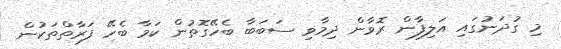
މި ގުދަނުގައި އަލިފާން ރޮވާން ދިމާވި ސަބަބާ ބެހޭގޮތުން ކަމާ ބެހޭ ފަރާތްތަކުން